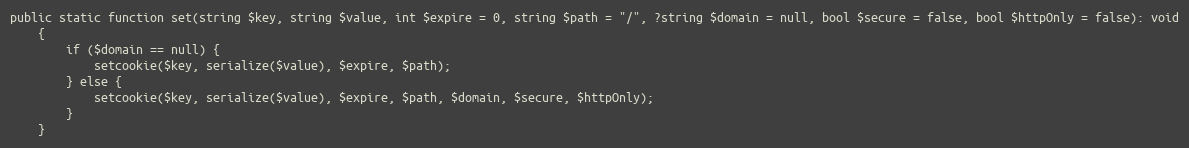
Language: PHP
public static function set(string $key, string $value, int $expire = 0, string $path = "/", ?string $domain = null, bool $secure = false, bool $httpOnly = false): void
    {
        if ($domain == null) {
            setcookie($key, serialize($value), $expire, $path);
        } else {
            setcookie($key, serialize($value), $expire, $path, $domain, $secure, $httpOnly);
        }
    }